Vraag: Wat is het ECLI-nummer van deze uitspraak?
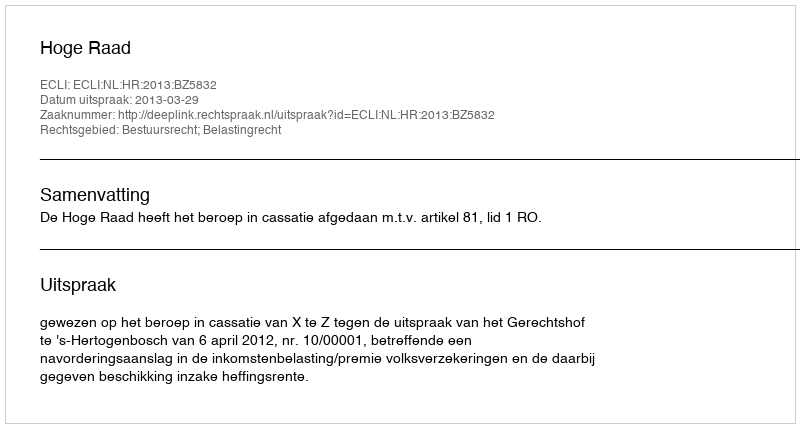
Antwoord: ECLI:NL:HR:2013:BZ5832